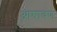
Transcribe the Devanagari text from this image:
आश्रावण